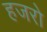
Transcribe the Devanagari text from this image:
हजरो